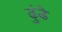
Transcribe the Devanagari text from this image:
ढुंढे